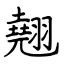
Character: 翹